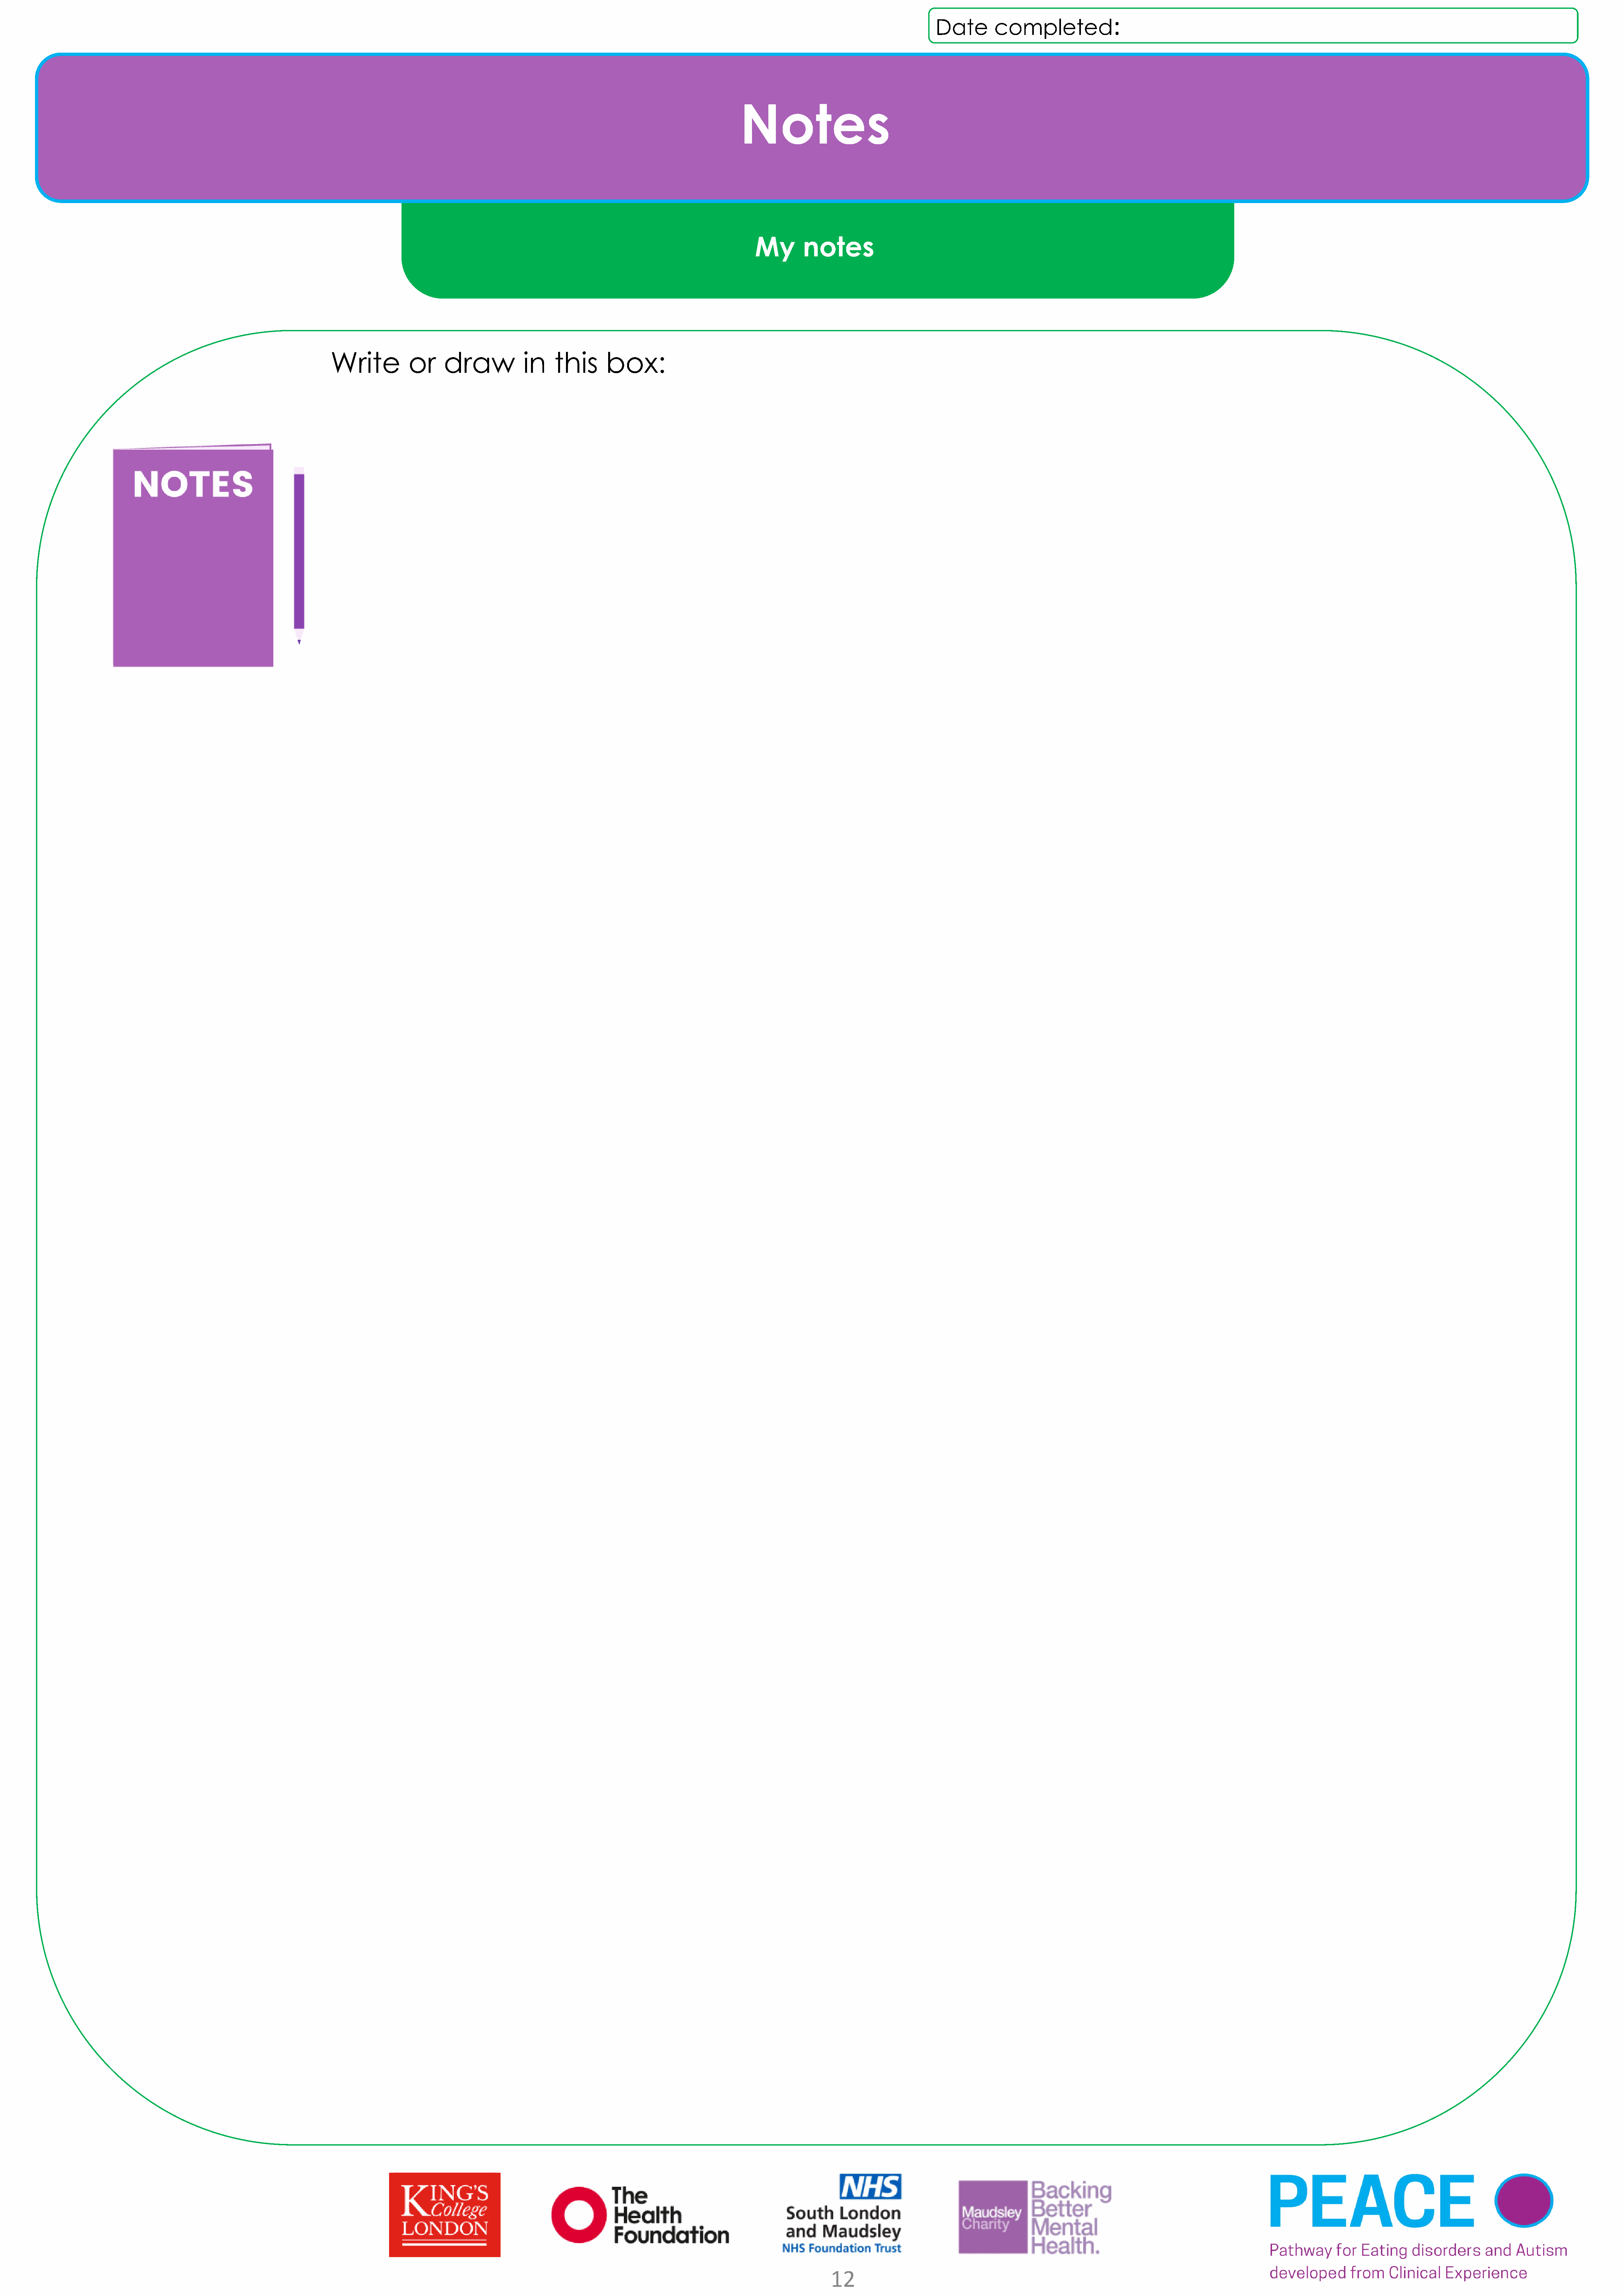
:
 Date        completed
 Notes
 My        notes
 Write           or     draw            in    this       box:
 12